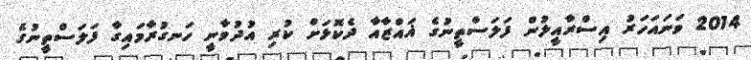
2014 ވަނައަހަރު އިސްރާއީލުން ފަލަސްތީނުގެ ޣައްޒާއާ ދެކޮޅަށް ކުރި އުދުވާނީ ހަނގުރާމައިގާ ފަލަސްތީނުގެ